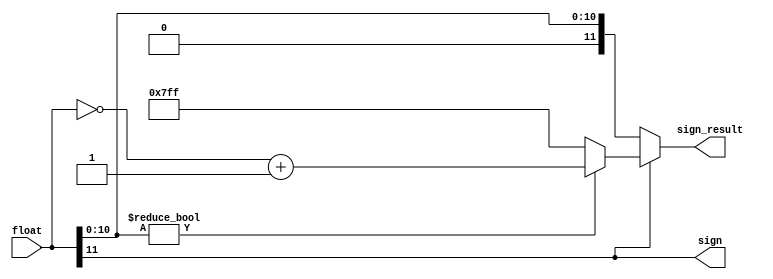
`timescale 1ns / 1ps
//////////////////////////////////////////////////////////////////////////////////
// Company: 
// Engineer: 
// 
// Design Name: 
// Module Name:    signbit 
// Project Name: 
// Target Devices: 
// Tool versions: 
// Description: 
//
// Dependencies: 
//
// Revision: 
// Revision 0.01 - File Created
// Additional Comments: 
//
//////////////////////////////////////////////////////////////////////////////////
module signbit(
	sign_result,
	sign,
	float   
);

//output
output reg [11:0] sign_result;
output reg sign;
//input
input [11:0] float;
always @*
begin
	sign = float[11];
	if(sign)
		begin
			if(float[10:0] != 11'b0000000000)
			//check if overflow from rounding
			begin
				sign_result = ~float[11:0]+1;
			end
			else
			//case of 12'b100000000000
			begin
				sign_result = 12'b011111111111;
			end
		end
	else
		begin
			sign_result = float[11:0];
		end
end
endmodule